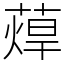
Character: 蔊